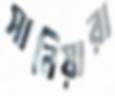
সানিয়ারা